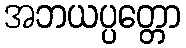
အဘယပ္ပတ္တော